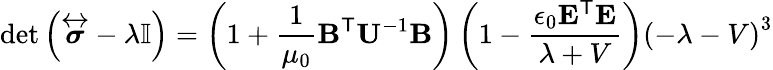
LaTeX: \operatorname*{det}{\left({\overleftrightarrow{\boldsymbol{\sigma}}}-\lambda\mathbf{\mathbb{I}}\right)}=\left(1+{\frac{1}{\mu_{0}}}\mathbf{B}^{\textsf{T}}\mathbf{U}^{-1}\mathbf{B}\right)\left(1-{\frac{\epsilon_{0}\mathbf{E}^{\textsf{T}}\mathbf{E}}{\lambda+V}}\right)\left(-\lambda-V\right)^{3}